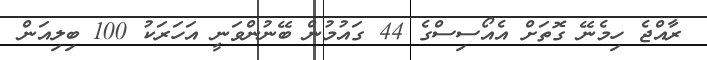
ރާއްޖެ ހިމެނޭ ގޮތަށް އެއޯސިސްގެ 44 ގައުމުން ބޭނުންވަނީ އަހަރަކު 100 ބިލިއަން